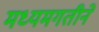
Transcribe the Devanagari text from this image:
मध्यमगतीने